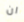
ان